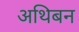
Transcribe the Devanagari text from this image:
अथिबन